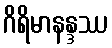
ဂိရိမာနန္ဒဿ